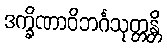
ဒက္ခိဏာဝိဘင်္ဂသုတ္တန္တိ